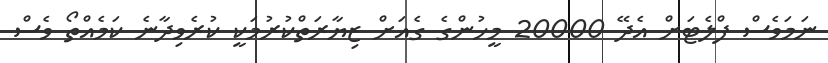
ނަމަވެސް ފްލެޓަށް އެދޭ 20000 މީހުންގެ ގެއަށް ޒިޔާރަތްކުރުމަކީ ކުރެވިދާނެ ކަމެއްތޯ ވެސް